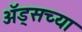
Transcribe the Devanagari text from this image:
अॅड्सच्या